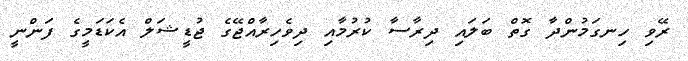
ރޭވި ހިނގަމުންދާ ގޮތް ބަލައި ދިރާސާ ކުރުމާއި ދިވެހިރާއްޖޭގެ ޖުޑީޝަލް އެކަޑަމީގެ ފަންނީ